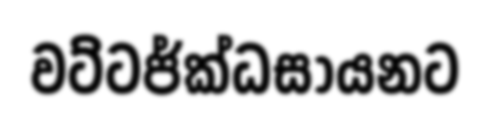
වට්ටජ්ක්ධසායනට